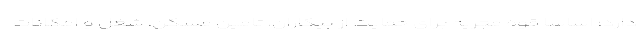
دارد؛ اساسا قوه مجریه برای حمایت از بیکاران، تامین مسکن، شغل و امکانات